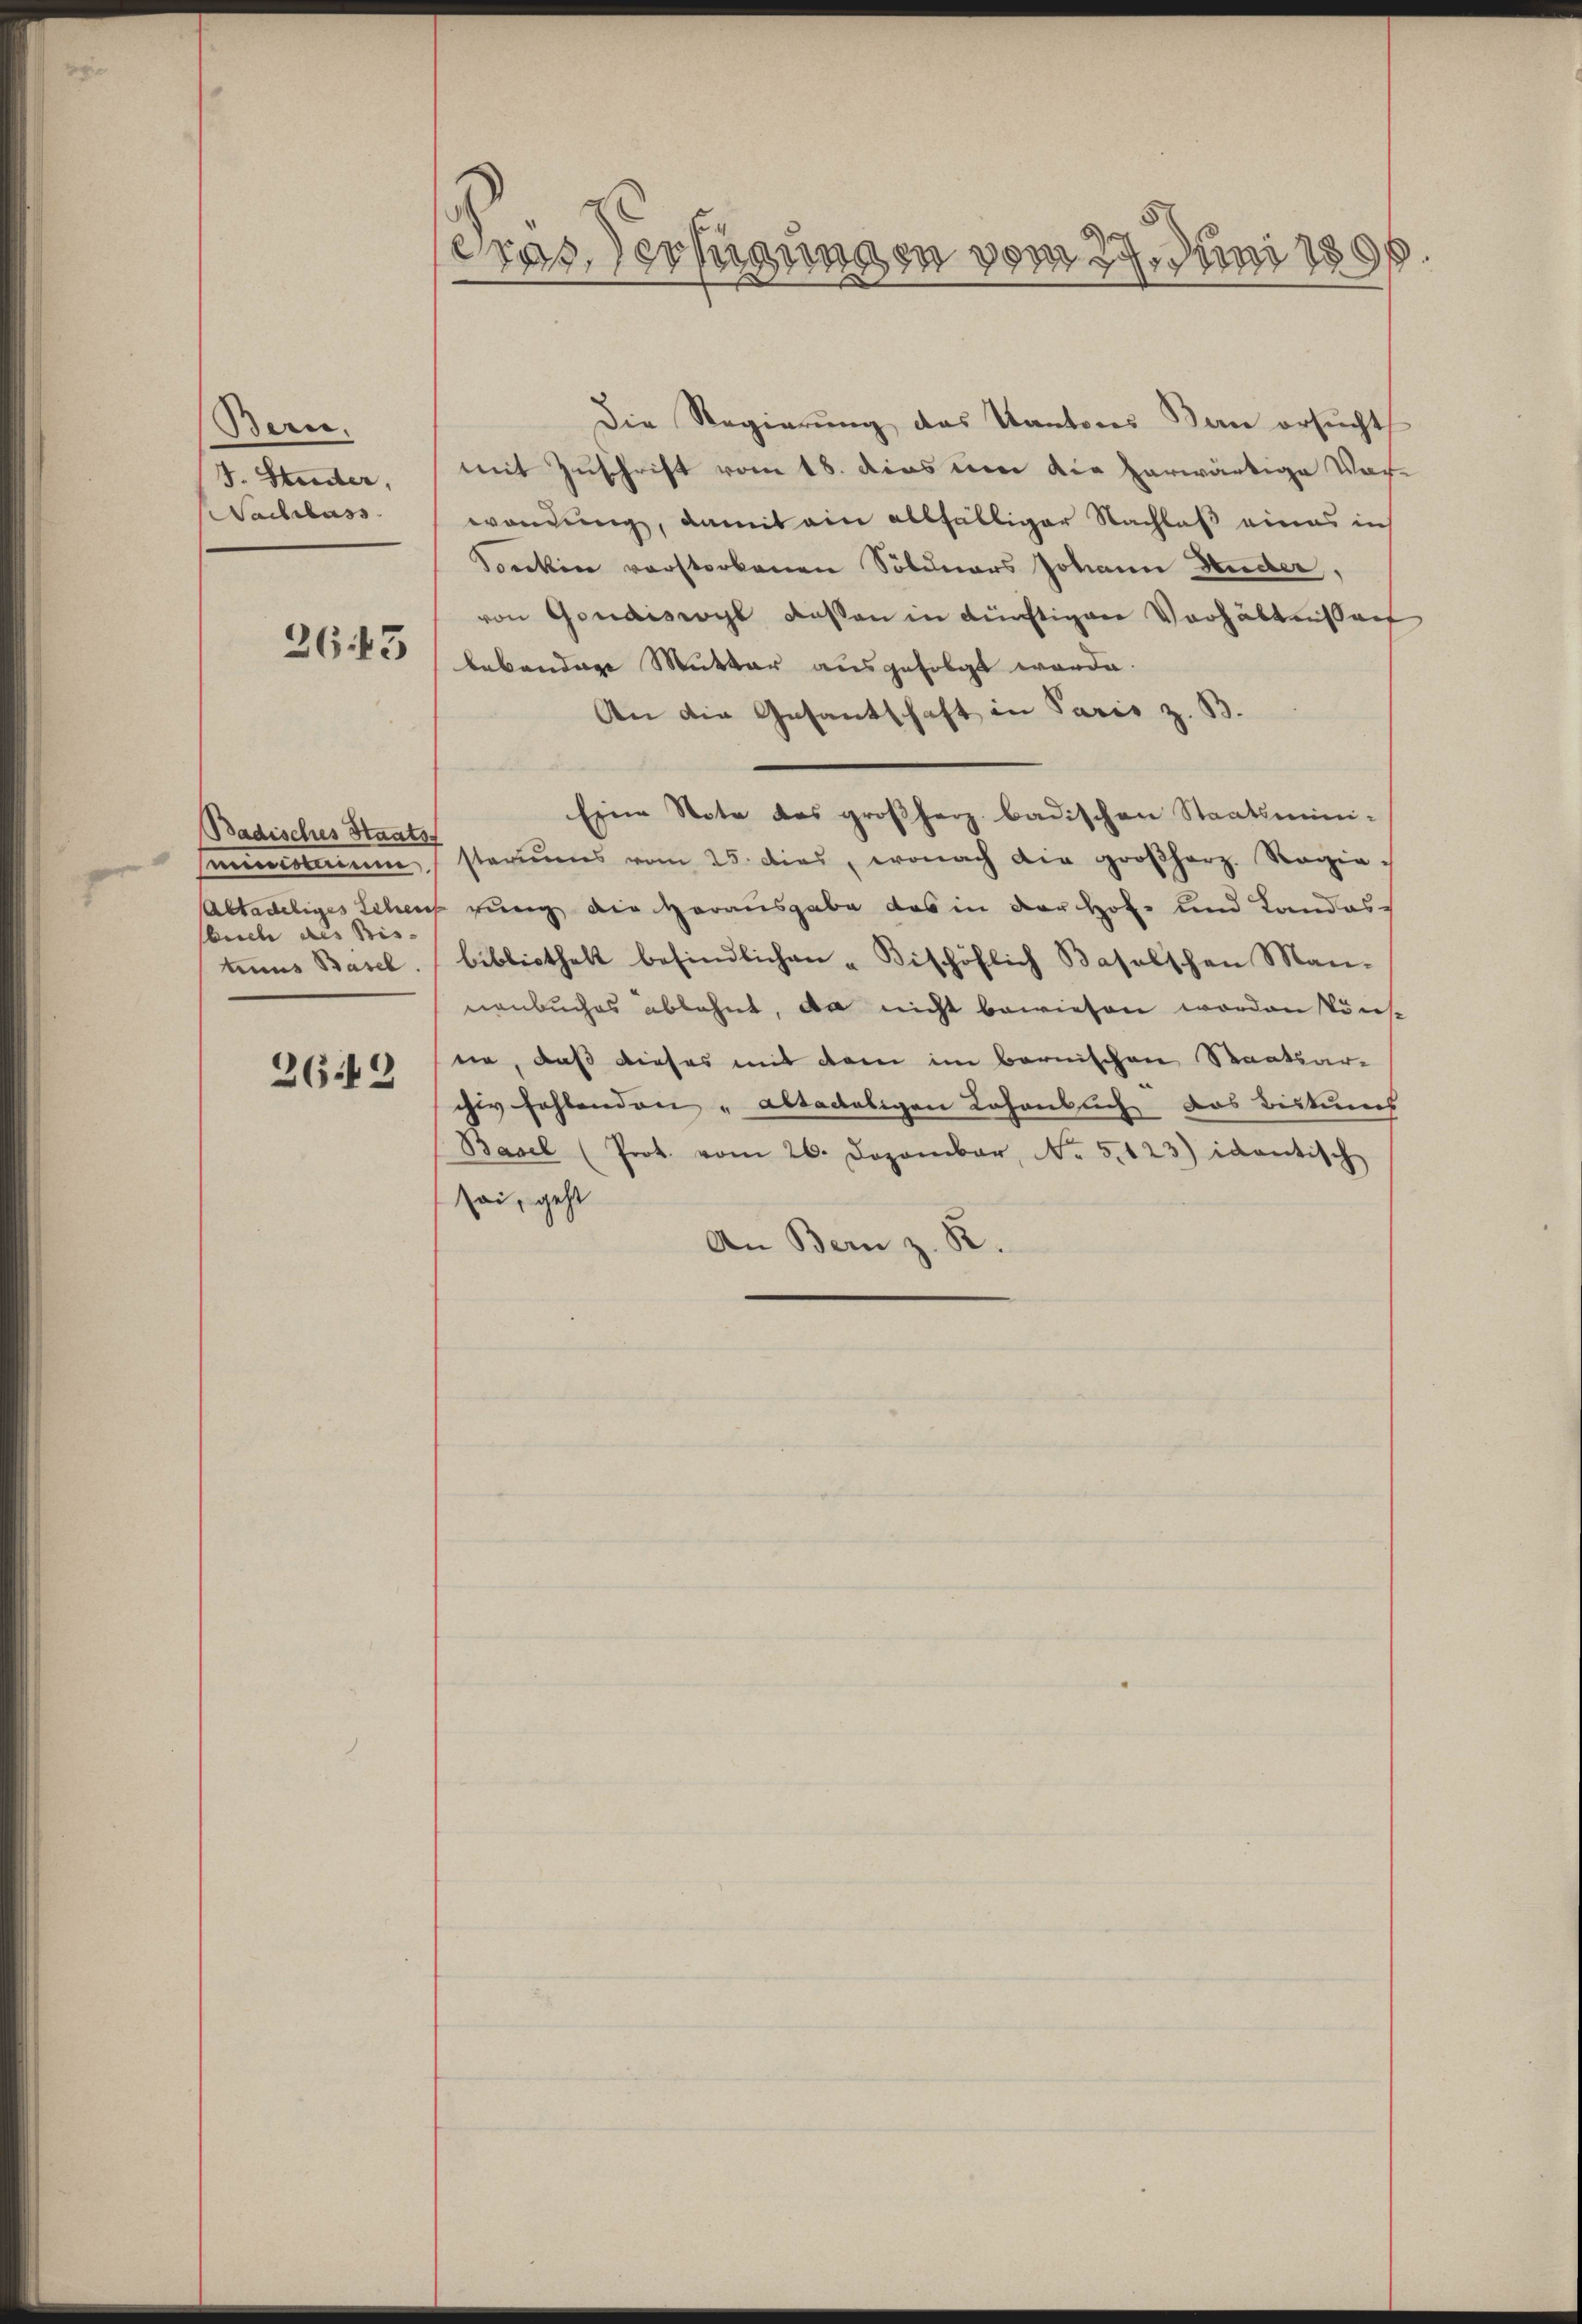
Bern,
1. Seiter,
Nachlass

2643

Badisches Staatsf
miescocarium
sbuch des Bis
tums Basel.

2649

Gras erfügungen vom 27. Juni 1896

Die Regierung das Kantons Bau ersŭcht
mit Zuschrift vom 18. dies um die herwärtige Vor-
wendung, damit eine allfälliger Nachlaß eines in
Soncken vorstorbenen Söldners Johann Heider,
von Gondiswohl deßen in künftigen Verhältnissanf
bebendige Mutter ausgefolgt werde.
An die Gesantschaft in Paris z. B.
Eine Note des großherz badischen Staatsmini-
steriums vom 25. dies, wonach die großherz. Regie-
Altadeliges Schens rung die Herausgabe das in der Hof- und Landas
bibliothek befindlichen Bischöflich Baselschen Man-
nenbuches ablehnt, da nicht bewiesen worden könne, daß dieses mit dem im bernischen Staatsar-
chiv fehlenden „altadeligen Lohenbuch das Bistung
Basel (Prot. vom 26. Dezember, No. 5. 123) identisch
sei, geht
An Bern z. R.